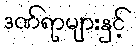
ဒဏ်ရာများနှင့်